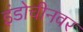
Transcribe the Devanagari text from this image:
इंडोचीनवर